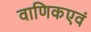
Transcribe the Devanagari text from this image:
वाणिकएवं